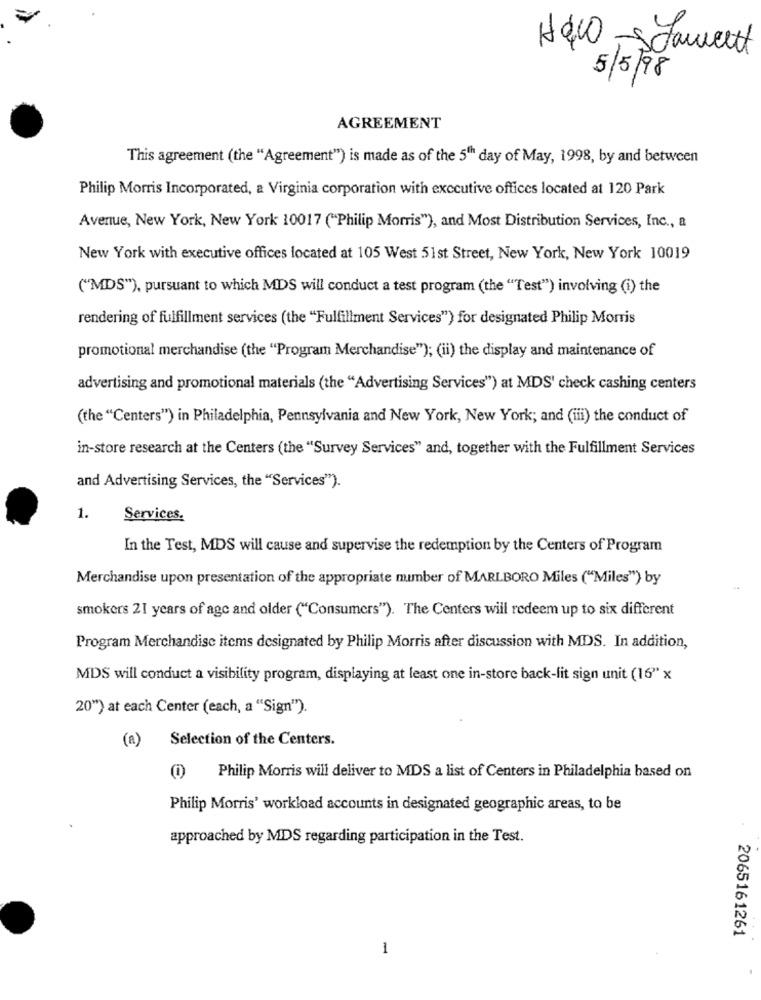
H400-scament
5/5/98
AGREEMENT
This agreement (the "Agreement") is made as of the 5" day of May, 1998, by and between
Philip Morris Incorporated, a Virginia corporation with executive offices located at 120 Park
Avenue, New York, New York 10017 ("Philip Morris"), and Most Distribution Services, Inc ., a
New York with executive offices located at 105 West 51st Street, New York, New York 10019
("MDS"), pursuant to which MDS will conduct a test program (the "Test") involving (i) the
rendering of fulfillment services (the "Fulfillment Services") for designated Philip Morris
promotional merchandise (the "Program Merchandise"); (ii) the display and maintenance of
advertising and promotional materials (the "Advertising Services") at MDS' check cashing centers
(the "Centers") in Philadelphia, Pennsylvania and New York, New York; and (iii) the conduct of
in-store research at the Centers (the "Survey Services" and, together with the Fulfillment Services
and Advertising Services, the "Services").
1.
Services.
In the Test, MDS will cause and supervise the redemption by the Centers of Program
Merchandise upon presentation of the appropriate mumber of MARLBORO Miles ("Miles") by
smokers 21 years of age and older ("Consumers"). The Centers will redeem up to six different
Program Merchandise items designated by Philip Morris after discussion with MDS. In addition,
MDS will conduct a visibility program, displaying at least one in-store back-fit sign unit (16" x
20") at each Center (each, a "Sign").
(a)
Selection of the Centers.
(0) Philip Morris will deliver to MDS a list of Centers in Philadelphia based on
Philip Morris' workload accounts in designated geographic areas, to be
approached by MDS regarding participation in the Test.
2065161261
1